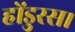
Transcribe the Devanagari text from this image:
होंडुरस।